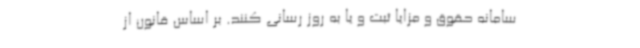
سامانه حقوق و مزایا ثبت و یا به روز رسانی کنند. بر اساس قانون از